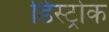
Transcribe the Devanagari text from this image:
डिस्ट्रोक